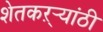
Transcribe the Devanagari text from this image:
शेतकऱ्र्‍यांठी